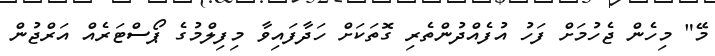
މޭ" މިހެން ޖެހުމަށް ފަހު އުފެއްދުންތެރި ގޮތަކަށް ހަދާފައިވާ މިފިލްމުގެ ޕޯސްޓަރެއް އަރްޖުން